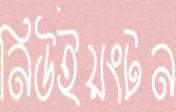
নিউইয়ংটন